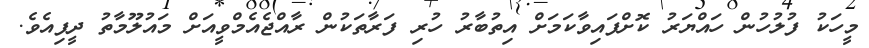
މީހަކު ފުލުހުން ހައްޔަރު ކޮށްފައިވާކަމަށް އިތުބާރު ހުރި ފަރާތަކުން ރާއްޖެއެމްވީއަށް މައުލޫމާތު ދީފިއެވެ.